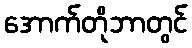
အောက်တိုဘာတွင်